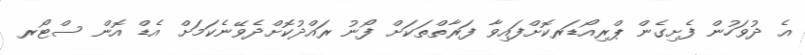
އެ ދުވަހުން ފެށިގެން ޕްރިއޯޑަރކޮށްފައިވާ ފަރާތްތަކަށް ފޯނު ރައްދުކޮށްދެވޭނެކަމަށް އެޑް އޮން ސްޓޯރ